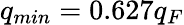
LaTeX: q_{min}=0.627q_{F}